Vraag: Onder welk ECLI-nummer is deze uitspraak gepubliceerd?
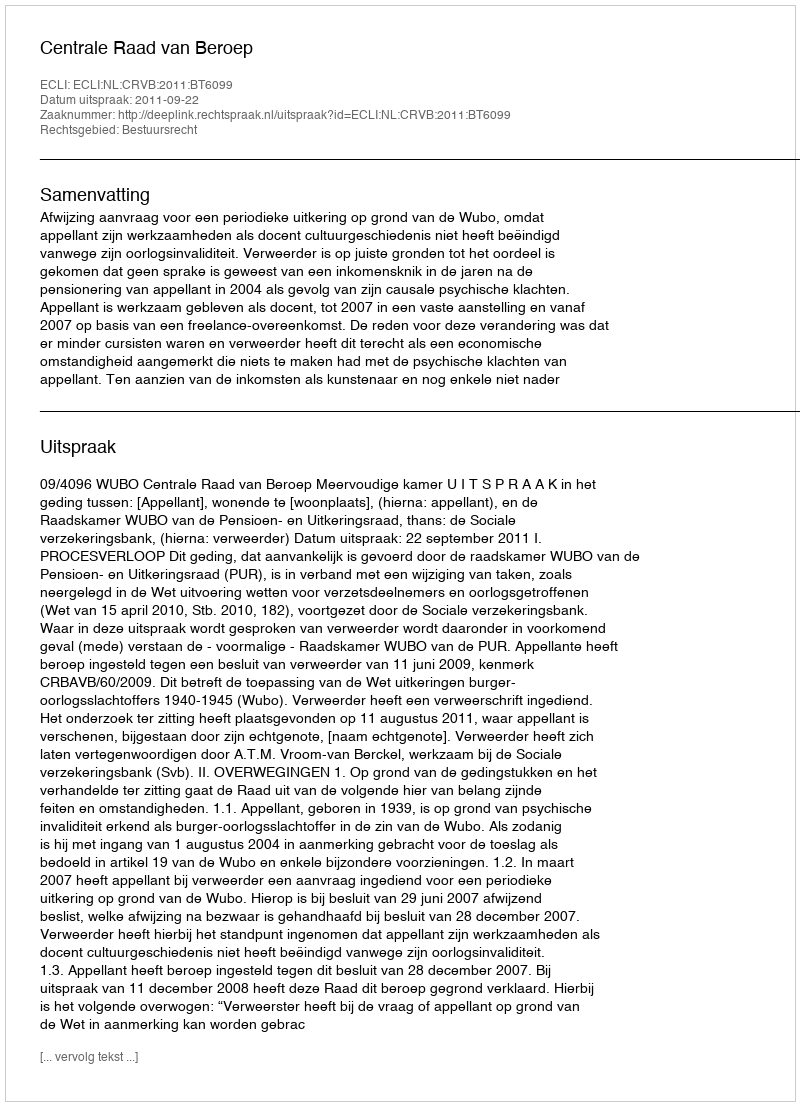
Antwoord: ECLI:NL:CRVB:2011:BT6099